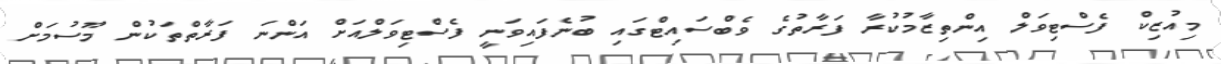
މިއުޒިކް ފެސްޓިވަލް އިންތިޒާމުކުރާ ފަރާތުގެ ވެބްސައިޓްގައި ބުނެފައިވަނީ ފެސްޓިވަލްއަށް އަންނަ ފަރާތްތަކުން މޫސުމަށް